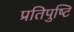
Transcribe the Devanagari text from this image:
प्रतिपुष्‍टि